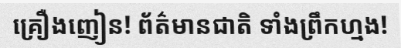
គ្រឿងញៀន! ព័ត៌មានជាតិ ទាំងព្រឹកហ្មង!